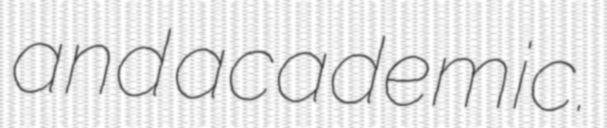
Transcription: and academic.